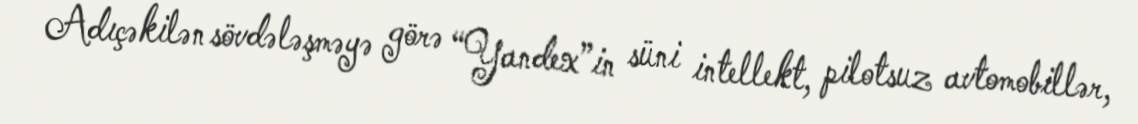
Adıçəkilən sövdələşməyə görə “Yandex”in süni intellekt, pilotsuz avtomobillər,